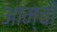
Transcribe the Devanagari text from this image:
आम्ची